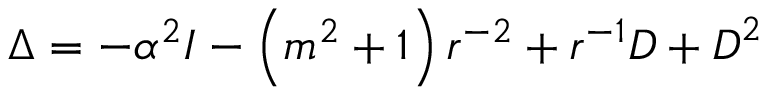
\boldsymbol { \Delta } = - { \alpha ^ { 2 } \boldsymbol { I } } - { \left( m ^ { 2 } + 1 \right) \boldsymbol { r } ^ { - 2 } } + { \boldsymbol { r } ^ { - 1 } \boldsymbol { D } } + \boldsymbol { D } ^ { 2 }